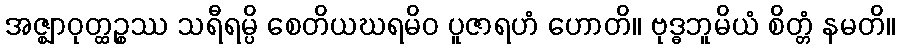
အဇ္ဈာဝုတ္ထဉ္စဿ သရီရမ္ပိ စေတိယဃရမိဝ ပူဇာရဟံ ဟောတိ။ ဗုဒ္ဓဘူမိယံ စိတ္တံ နမတိ။